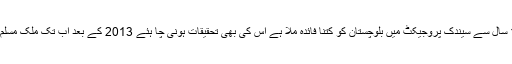
سیندک پروجیکٹ کے معاہدے کے حوالے سے صوبائی حکومت نے کو تاہی اورلا پرواہی کا مظاہرہ کیا اور15 سال سے سیندک پروجیکٹ میں بلوچستان کو کتنا فائدہ ملا ہے اس کی بھی تحقیقات ہونی چا ہئے 2013 کے بعد اب تک ملک مسلم لیگ)ن( کی حکومت میں جمہوریت نام کی کوئی چیز نہیں ہے اور نہ ہی ملک میں قانون کی عملداری ہوئی ہے۔